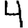
Digit: 4